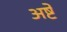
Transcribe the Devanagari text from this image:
अष्टे